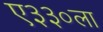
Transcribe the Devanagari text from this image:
ए३३०ला